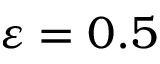
\varepsilon = 0 . 5